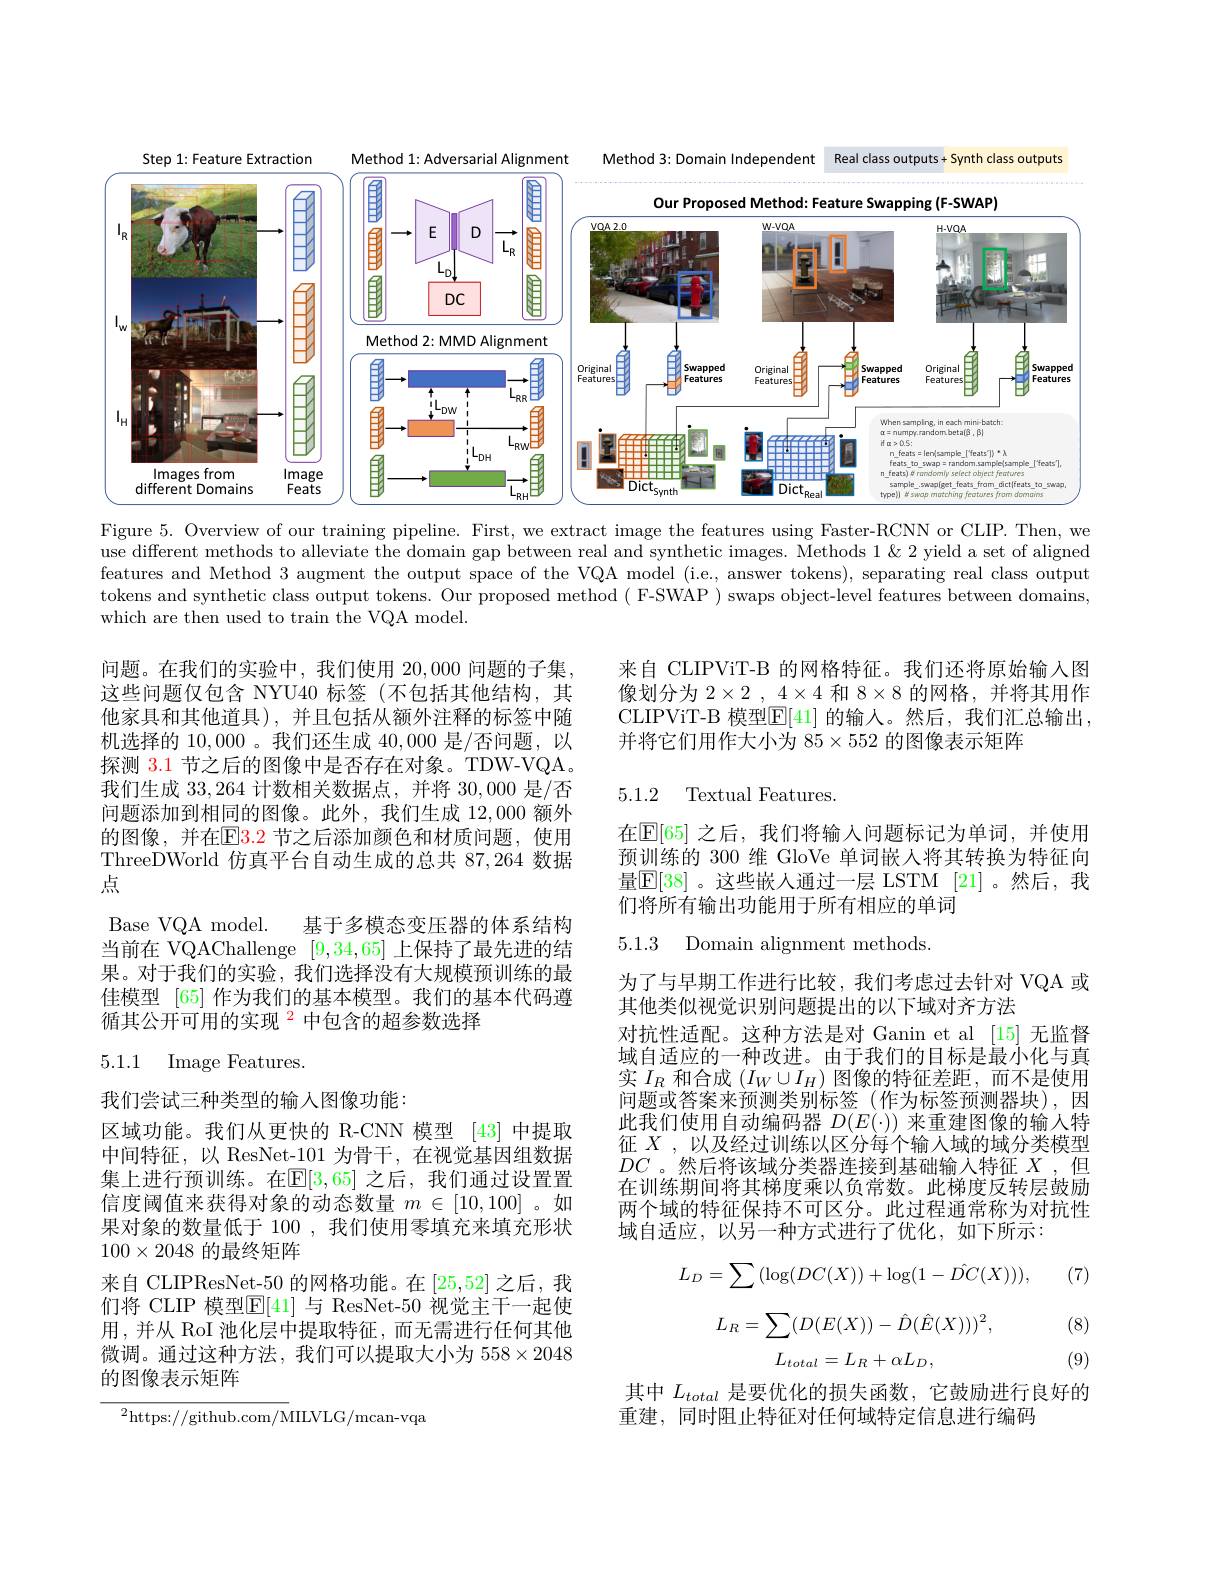
<FigureHere>

Figure 5. Overview of our training pipeline. First, we extract image the features using Faster-RCNN or CLIP. Then, we

use different methods to alleviate the domain gap between real and synthetic images. Methods 1&2 yield a set of aligned features and Method 3 augment the output space of the VQA model (i.e, answer tokens), separating real class output tokens and synthetic class output tokens. Our proposed method ( F-SWAP ) swaps object-level features between domains, which are then used to train the VQA model.

来自 CLIPViT-B 的网格特征。我们还将原始输入图像划分为$2\times2,4\times4$和$8\times8$的网格，并将其用作CLIPViT-B 模型$\boxed{\mathrm{F}}[41]$ 的输入。然后，我们汇总输出， 并将它们用作大小为 85$\times552$的图像表示矩阵

5.1.2 Textual Features.

问题。在我们的实验中，我们使用 20,000 问题的子集， 这些问题仅包含 NYU40 标签(不包括其他结构，其他家具和其他道具),并且包括从额外注释的标签中随机选择的10，000 。我们还生成40，000是/否问题，以探测 3.1 节之后的图像中是否存在对象。TDW-VQA。我们生成33，264计数相关数据点，并将30，000是/否问题添加到相同的图像。此外，我们生成 12,000 额外的图像，并在$\color{red}{\mathrm{E}}\color{red}{\mathrm{E}}\color{blue}{\mathrm{3.2~}}$节之后添加颜色和材质问题，使用ThreeDWorld 仿真平台自动生成的总共 87,264 数据点
Base VQA model. 基于多模态变压器的体系结构当前在 VQAChallenge [9,34,65]上保持了最先进的结果。对于我们的实验，我们选择没有大规模预训练的最佳模型 [65] 作为我们的基本模型。我们的基本代码遵循其公开可用的实现$^{2}$中包含的超参数选择

在$\mathbb{E}[65]$ 之后，我们将输入问题标记为单词，并使用预训练的 300 维 GloVe 单词嵌人将其转换为特征向量$\mathbb{E}[38]$。这些嵌人通过一层 LSTM [21]。然后，我们将所有输出功能用于所有相应的单词

5.1.3 Domain alignment methods

5.1.1 Image Features.

为了与早期工作进行比较，我们考虑过去针对 VQA 或
其他类似视觉识别问题提出的以下域对齐方法
对抗性适配。这种方法是对 Ganin et al [15] 无监督域自适应的一种改进。由于我们的目标是最小化与真实$I_R$和合成$(I_W\cup I_H)$图像的特征差距，而不是使用问题或答案来预测类别标签(作为标签预测器块),因此我们使用自动编码器$D(E(\cdot))$来重建图像的输入特征$X$,以及经过训练以区分每个输人域的域分类模型$DC$ 。然后将该域分类器连接到基础输入特征$X$ ,但在训练期间将其梯度乘以负常数。此梯度反转层鼓励两个域的特征保持不可区分。此过程通常称为对抗性域自适应，以另一种方式进行了优化，如下所示：

我们尝试三种类型的输入图像功能：
区域功能。我们从更快的 R-CNN 模型 [43] 中提取中间特征，以 ResNet-101 为骨干，在视觉基因组数据集上进行预训练。在$\mathbb{E}[3,65]$ 之后，我们通过设置置信度阈值来获得对象的动态数量$m\in[10,100]$ 。如果对象的数量低于 100 , 我们使用零填充来填充形状$100\times2048$的最终矩阵
来自 CLIPResNet-50 的网格功能。在[25,52]之后，我们将 CLIP 模型$\mathbb{E}[41]$ 与 ResNet-50 视觉主干一起使用，并从 RoI 池化层中提取特征，而无需进行任何其他微调。通过这种方法，我们可以提取大小为 558×2048的图像表示矩阵

(7)
$$L_{D}=\sum(\log(DC(X))+\log(1-\hat{DC}(X))),$$
$$L_R=\sum(D(E(X))-\hat{D}(\hat{E}(X)))^2,$$
$$L_{total}=L_{R}+\alpha L_{D},$$
(8)

(9)

其中$L_{total}$是要优化的损失函数，它鼓励进行良好的
重建，同时阻止特征对任何域特定信息进行编码

${{^{2}\mathrm{https:}//\mathrm{github.com/M}}}$ILVLG/mcan-vqa